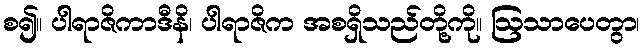
စ၍။ ပါရာဇိကာဒီနိ၊ ပါရာဇိက အစရှိသည်တို့ကို။ ဩသာပေတွာ၊